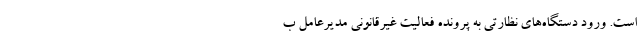
است. ورود دستگاه‌های نظارتی به پرونده فعالیت غیرقانونی مدیرعامل ب